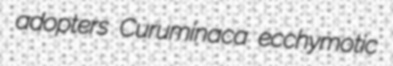
adopters Curuminaca ecchymotic